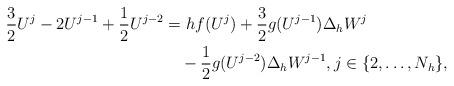
LaTeX: \begin{align*} \frac{3}{2} U^{j} - 2 U^{j-1} + \frac{1}{2} U^{j-2} &= h f(U^j) + \frac{3}{2} g( U^{j-1} ) \Delta_h W^j\\ &\quad- \frac{1}{2} g(U^{j-2} ) \Delta_h W^{j-1}, j\in\{2,\dots,N_h\},\\ \end{align*}